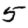
Digit: 5